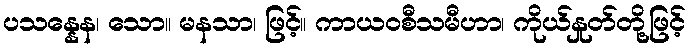
ပသန္နေန၊ သော။ မနသာ၊ ဖြင့်။ ကာယဝစီသမီဟာ၊ ကိုယ်နှုတ်တို့ဖြင့်